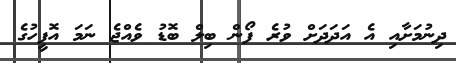
ދިނުމަށާއި އެ އަދަދަށް ވުރެ ފޯން ބިލް ބޮޑު ވެއްޖެ ނަމަ އޮފީހުގެ